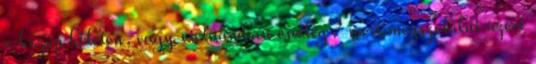
a kozep keleten, vagy vietnamban esetleg? mert megszolalni azert